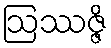
ဩဿဇ္ဇိ